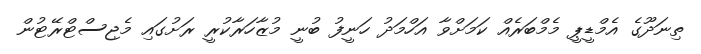
ތިނަދޫގެ އެމްޑީޕީ މެމްބަރެއް ކަމަށްވާ އަހްމަދު ހަނީފު ބުނީ މުޒާހަރާކުރީ ރަށުގައި މެޖިސްޓްރޭޓުން